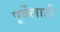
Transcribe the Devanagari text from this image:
पूर्वेलाही